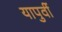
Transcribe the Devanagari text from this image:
यापुर्वी